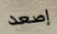
إصعد